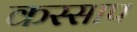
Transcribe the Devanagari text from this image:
कस्साप